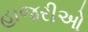
હાજરીઓ